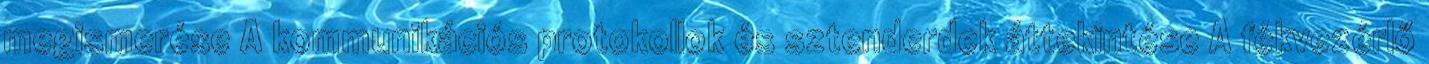
megismerése A kommunikációs protokollok és sztenderdek áttekintése A fékvezérlő